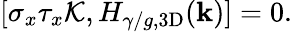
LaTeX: \begin{array}{r}{[\sigma_{x}\tau_{x}\mathcal{K},H_{\gamma/g,\mathrm{3D}}(\mathbf{k})]=0.}\end{array}